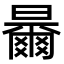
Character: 𣍓